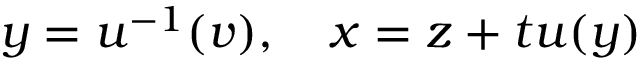
\begin{array} { r } { y = u ^ { - 1 } ( v ) , \quad x = z + t u ( y ) } \end{array}